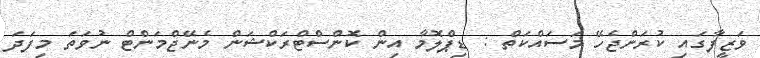
ވަޒީފާގައި ކުރަންޖެހޭ މަސައްކަތް : ޑިޕްލޮމާ އިން ކޮންސްޓްރަކްޝަން މެނޭޖްމަންޓް ނުވަތަ މިފަދަ